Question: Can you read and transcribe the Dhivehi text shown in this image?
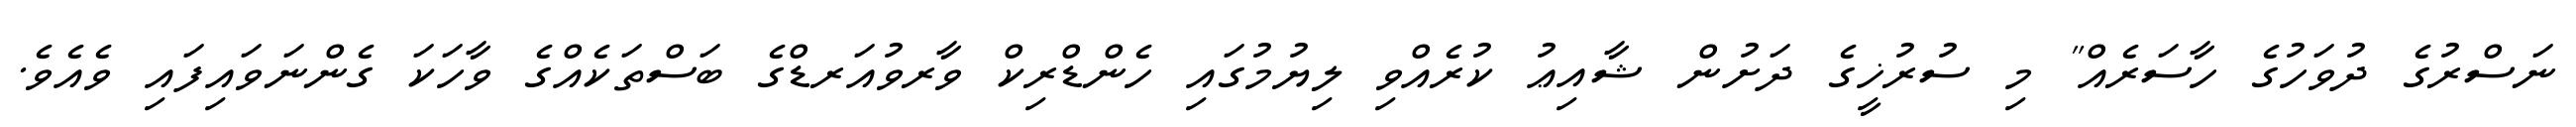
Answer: ނަސްރުގެ ދުވަހުގެ ހާސަރެއް" މި ސުރުޚީގެ ދަށުން ޝާއިޢު ކުރެއްވި ލިޔުމުގައި ހެންޑްރިކް ވާރވުއަރޑްގެ ބަސްތަކެއްގެ ވާހަކަ ގެންނަވައިފައި ވެއެވެ.